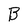
Character: B